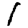
Digit: 1